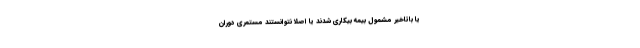
یا باتاخیر مشمول بیمه بیکاری شدند یا اصلا نتوانستند مستمری دوران